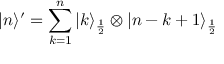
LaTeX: | n \rangle ^ { \prime } = \sum _ { k = 1 } ^ { n } | k \rangle _ { \frac { 1 } { 2 } } \otimes | n - k + 1 \rangle _ { \frac { 1 } { 2 } }